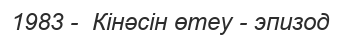
1983 -  Кінәсін өтеу - эпизод